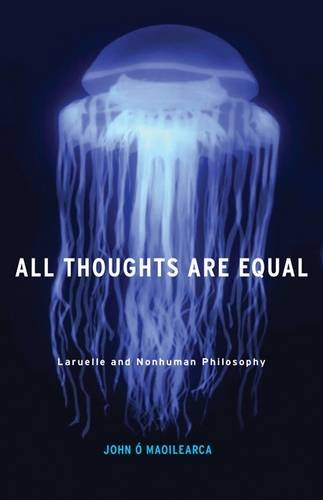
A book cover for All Thoughts Are Equal: Laruelle and Nonhuman Philosophy (Posthumanities); John ÃE Maoilearca; Politics & Social Sciences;